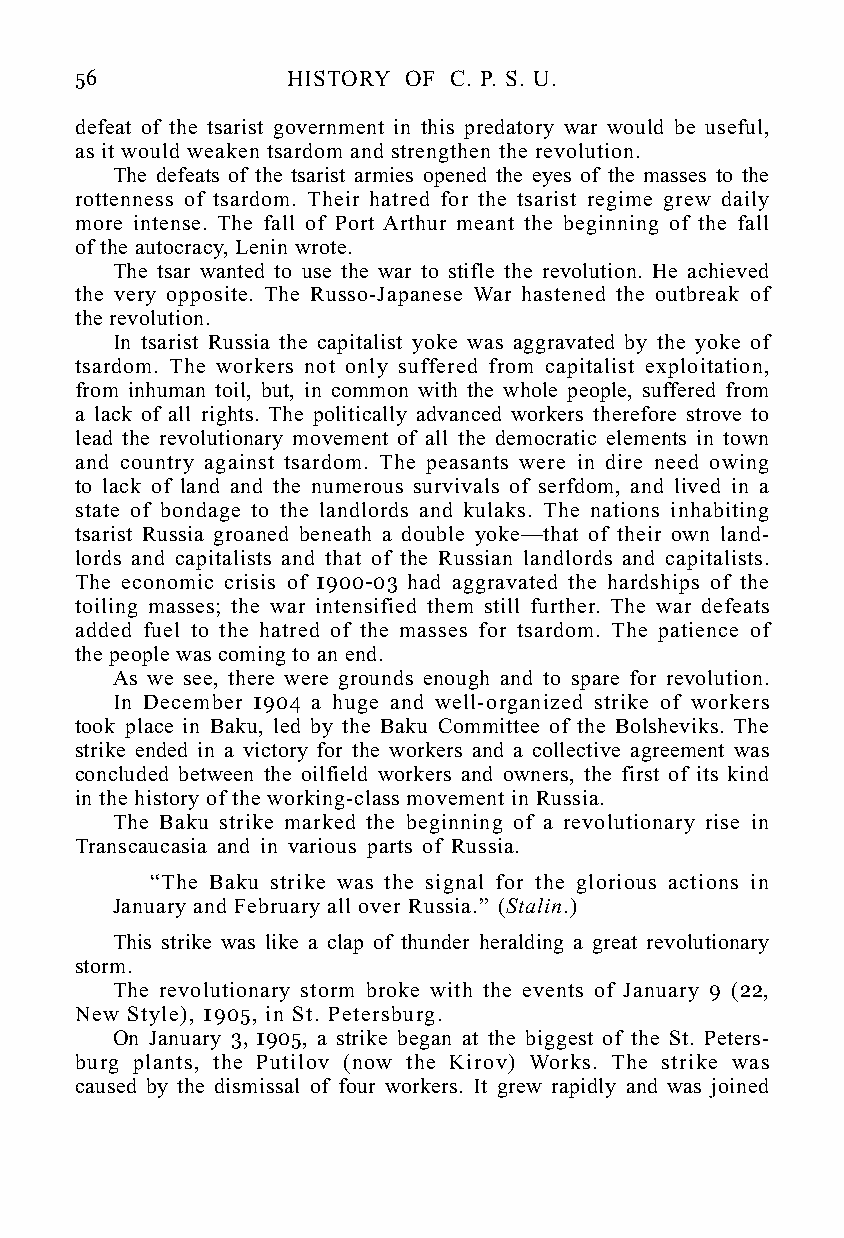
56            HISTORY OF C. P. S. U.
 defeat of the tsarist government in this predatory war would be useful,
 as it would weaken tsardom and strengthen the revolution.
 The defeats of the tsarist armies opened the eyes of the masses to the
 rottenness of tsardom. Their hatred for the tsarist regime grew daily
 more intense. The fall of Port Arthur meant the beginning of the fall
 of the autocracy, Lenin wrote.
 The tsar wanted to use the war to stifle the revolution. He achieved
 the very opposite. The Russo-Japanese War hastened the outbreak of
 the revolution.
 In tsarist Russia the capitalist yoke was aggravated by the yoke of
 tsardom. The workers not only suffered from capitalist exploitation,
 from inhuman toil, but, in common with the whole people, suffered from
 a lack of all rights. The politically advanced workers therefore strove to
 lead the revolutionary movement of all the democratic elements in town
 and country against tsardom. The peasants were in dire need owing
 to lack of land and the numerous survivals of serfdom, and lived in a
 state of bondage to the landlords and kulaks. The nations inhabiting
 tsarist Russia groaned beneath a double yoke—that of their own land-
 lords and capitalists and that of the Russian landlords and capitalists.
 The economic crisis of 1900-03 had aggravated the hardships of the
 toiling masses; the war intensified them still further. The war defeats
 added fuel to the hatred of the masses for tsardom. The patience of
 the people was coming to an end.
 As we see, there were grounds enough and to spare for revolution.
 In December 1904 a huge and well-organized strike of workers
 took place in Baku, led by the Baku Committee of the Bolsheviks. The
 strike ended in a victory for the workers and a collective agreement was
 concluded between the oilfield workers and owners, the first of its kind
 in the history of the working-class movement in Russia.
 The Baku strike marked the beginning of a revolutionary rise in
 Transcaucasia and in various parts of Russia.
 “The Baku strike was the signal for the glorious actions in
 January and February all over Russia.” (Stalin.)
 This strike was like a clap of thunder heralding a great revolutionary
 storm.
 The revolutionary storm broke with the events of January 9 (22,
 New Style), 1905, in St. Petersburg.
 On January 3, 1905, a strike began at the biggest of the St. Peters-
 burg plants, the Putilov (now the Kirov) Works. The strike was
 caused by the dismissal of four workers. It grew rapidly and was joined